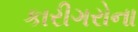
કારીગરોના